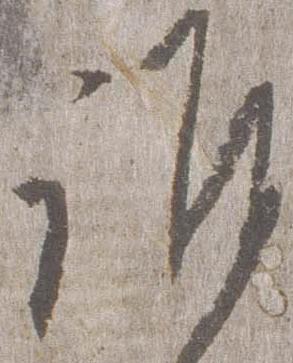
誰